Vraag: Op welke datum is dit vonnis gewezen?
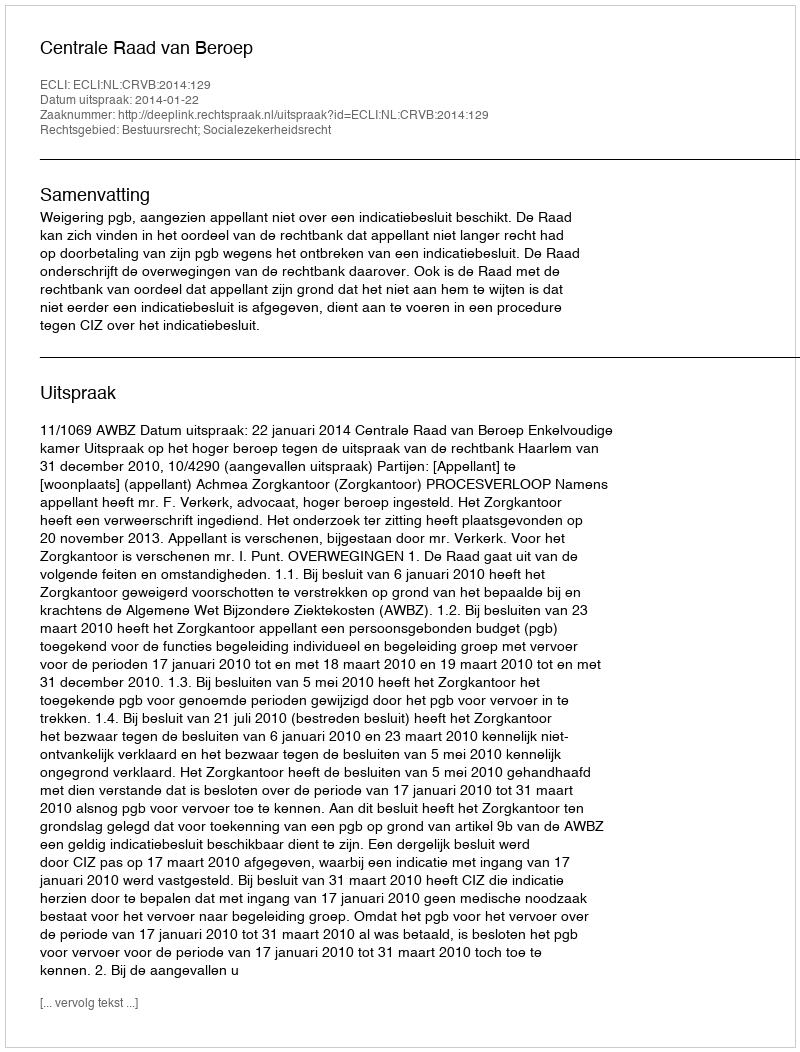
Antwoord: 2014-01-22